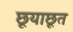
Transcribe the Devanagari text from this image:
छूयाछूत